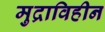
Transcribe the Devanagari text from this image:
मुद्राविहीन